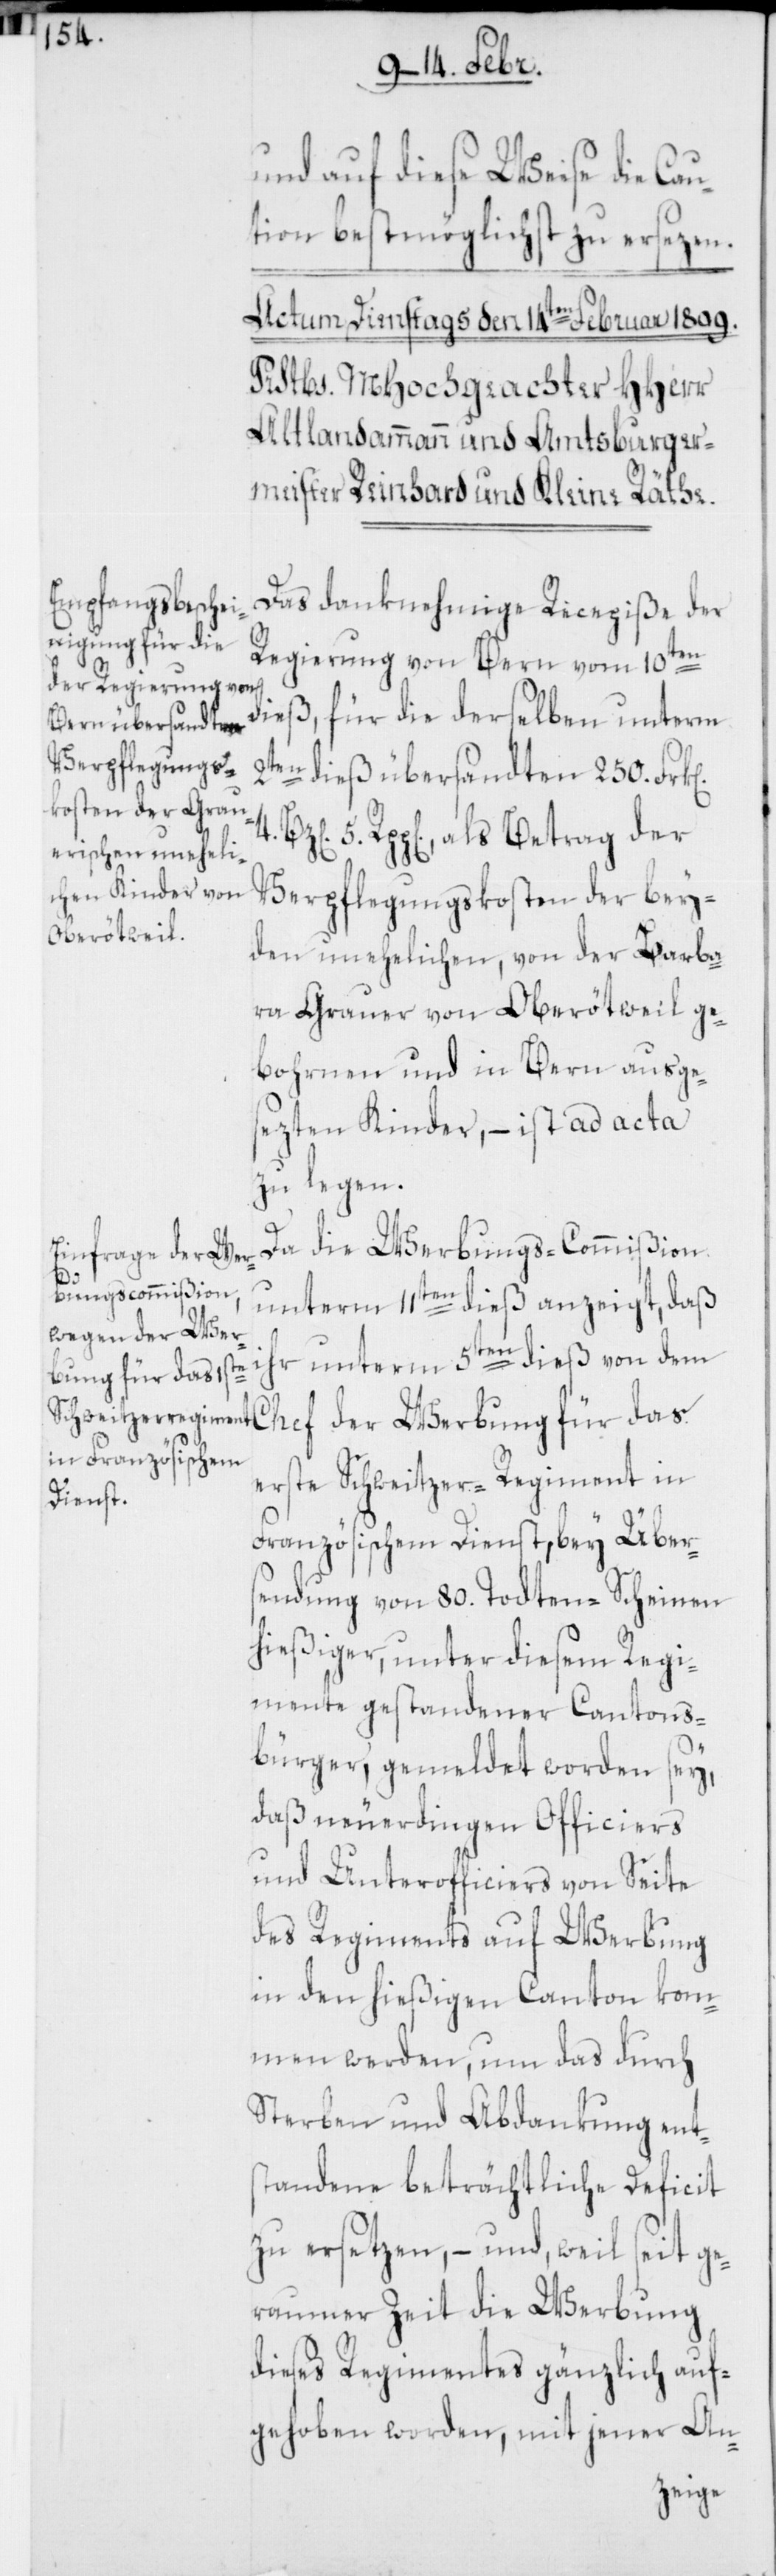
und auf diese Weise die Cau¬
tion bestmöglich zu ersezen.
Das danknehmige Recepiße der
Regierung von Bern vom 10ten
dieß, für die derselben unterm
2ten dieß übersandten 250. Frk[e¬
4.
Rpp[en]., als Betrag der
Verpflegungskosten der bey¬
den unehelichen, von der Barba¬
ra Grauer von Oberötweil ge¬
bohrnen und in Bern ausge¬
sezten Kinder, – ist ad acta
zu legen.
Da die Werbungs-Commißion
5.
unterm 11ten dieß anzeigt, daß
ihr unterm 5ten dieß von dem
Wer¬
bung für das
erste Schweitzer-Regiment in
Französischem Dienst, bey Über¬
sendung von 80. Todten-Scheinen
hießiger, unter diesem Regi¬
mente gestandener Cantons¬
bürger, gemeldet worden sey,
daß neuerdingen Officiers
und Unterofficiers von Seite
des Regiments auf Werbung
in den hießigen Canton kom¬
men werden, um das durch
Sterben und Abdankung ent¬
standene beträchtliche Deficit
zu ersetzen, – und, weil seit ge¬
raumer Zeit die Werbung
dieses Regiments gänzlich auf¬
gehoben worden, mit jener An-